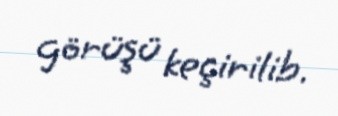
görüşü keçirilib.